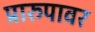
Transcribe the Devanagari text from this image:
प्रारुपावर